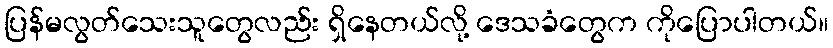
ပြန်မလွတ်သေးသူတွေလည်း ရှိနေတယ်လို့ ဒေသခံတွေက ကိုပြောပါတယ်။